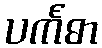
ပင်္ကဓာ